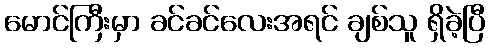
မောင်ကြီးမှာ ခင်ခင်လေးအရင် ချစ်သူ ရှိခဲ့ပြီ